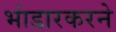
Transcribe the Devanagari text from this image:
भांडारकरने